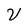
Character: V